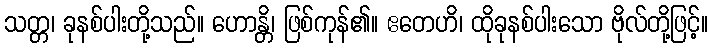
သတ္တ၊ ခုနစ်ပါးတို့သည်။ ဟောန္တိ၊ ဖြစ်ကုန်၏။ ဧတေဟိ၊ ထိုခုနစ်ပါးသော ဗိုလ်တို့ဖြင့်။